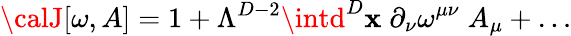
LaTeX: {\calJ}[\omega,A]=1+\Lambda^{D-2}\intd^{D}\mathbf{x}\; \partial_{\nu}\omega^{\mu\nu}\; A_{\mu}+\ldots